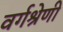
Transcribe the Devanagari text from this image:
वर्गश्रेणी